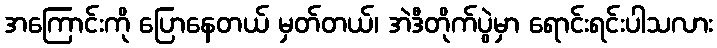
အကြောင်းကို ပြောနေတယ် မှတ်တယ်၊ အဲဒီတိုက်ပွဲမှာ ရောင်းရင်းပါသလား